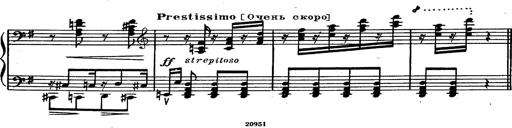
Title: Magyar rapszÃ³diÃ¡k
Composer: Franz Liszt